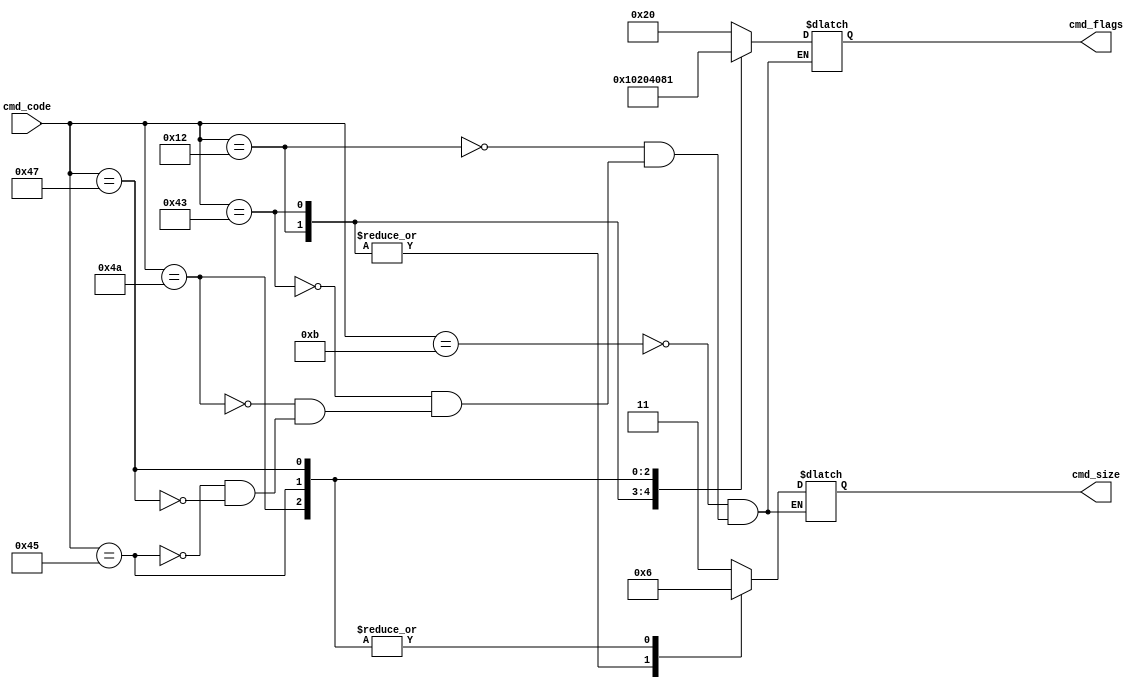
`define MOV_CODE 11
`define ADD_CODE 18
`define CMP_CODE 67

`define JMP_CODE 74
`define JEQ_CODE 69
`define JGG_CODE 71

module decoder
(
    input wire  [7:0] cmd_code,
    output reg  [1:0] cmd_size  = 0,
    output reg  [5:0] cmd_flags = 0

);
    always @(*)
    begin
        case (cmd_code)

            `MOV_CODE: cmd_size = 2'b11;
            `ADD_CODE: cmd_size = 2'b01;
            `CMP_CODE: cmd_size = 2'b01;

            `JMP_CODE: cmd_size = 2'b10;
            `JEQ_CODE: cmd_size = 2'b10;
            `JGG_CODE: cmd_size = 2'b10;

        endcase
    end

    always @(*)
    begin
        case (cmd_code)

            `MOV_CODE: cmd_flags = 6'b100000;
            `ADD_CODE: cmd_flags = 6'b010000;
            `CMP_CODE: cmd_flags = 6'b001000;

            `JMP_CODE: cmd_flags = 6'b000100;
            `JEQ_CODE: cmd_flags = 6'b000010;
            `JGG_CODE: cmd_flags = 6'b000001;

        endcase
    end

endmodule